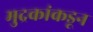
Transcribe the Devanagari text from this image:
मुद्रकांकडून